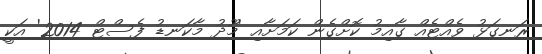
ރަނގަޅު ވެއްޓެއް ގާއިމު ކޮށްގެން ކަމަށާއި 'މޫދު މާކަނޑު ފެސްޓް 2014' އަކީ